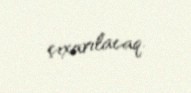
çıxarılacaq.